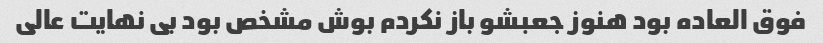
فوق العاده بود هنوز جعبشو باز نکردم بوش مشخص بود بی نهایت عالی